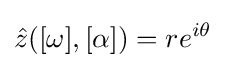
{\hat {z}}([\omega ],[\alpha ])=re^{i\theta }